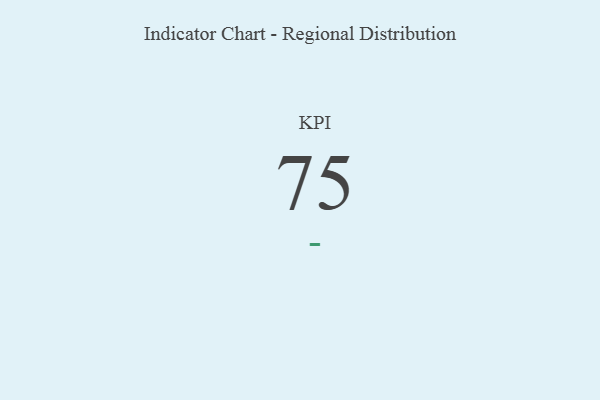
{"axis": {"x": "KPI", "y": "Value"}, "legend": [""], "data": [{"x": "KPI", "y": 75, "type": ""}]}